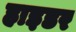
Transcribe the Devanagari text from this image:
हाइडर